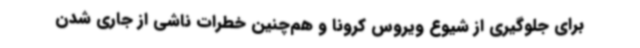
برای جلوگیری از شیوع ویروس کرونا و هم‌چنین خطرات ناشی از جاری شدن